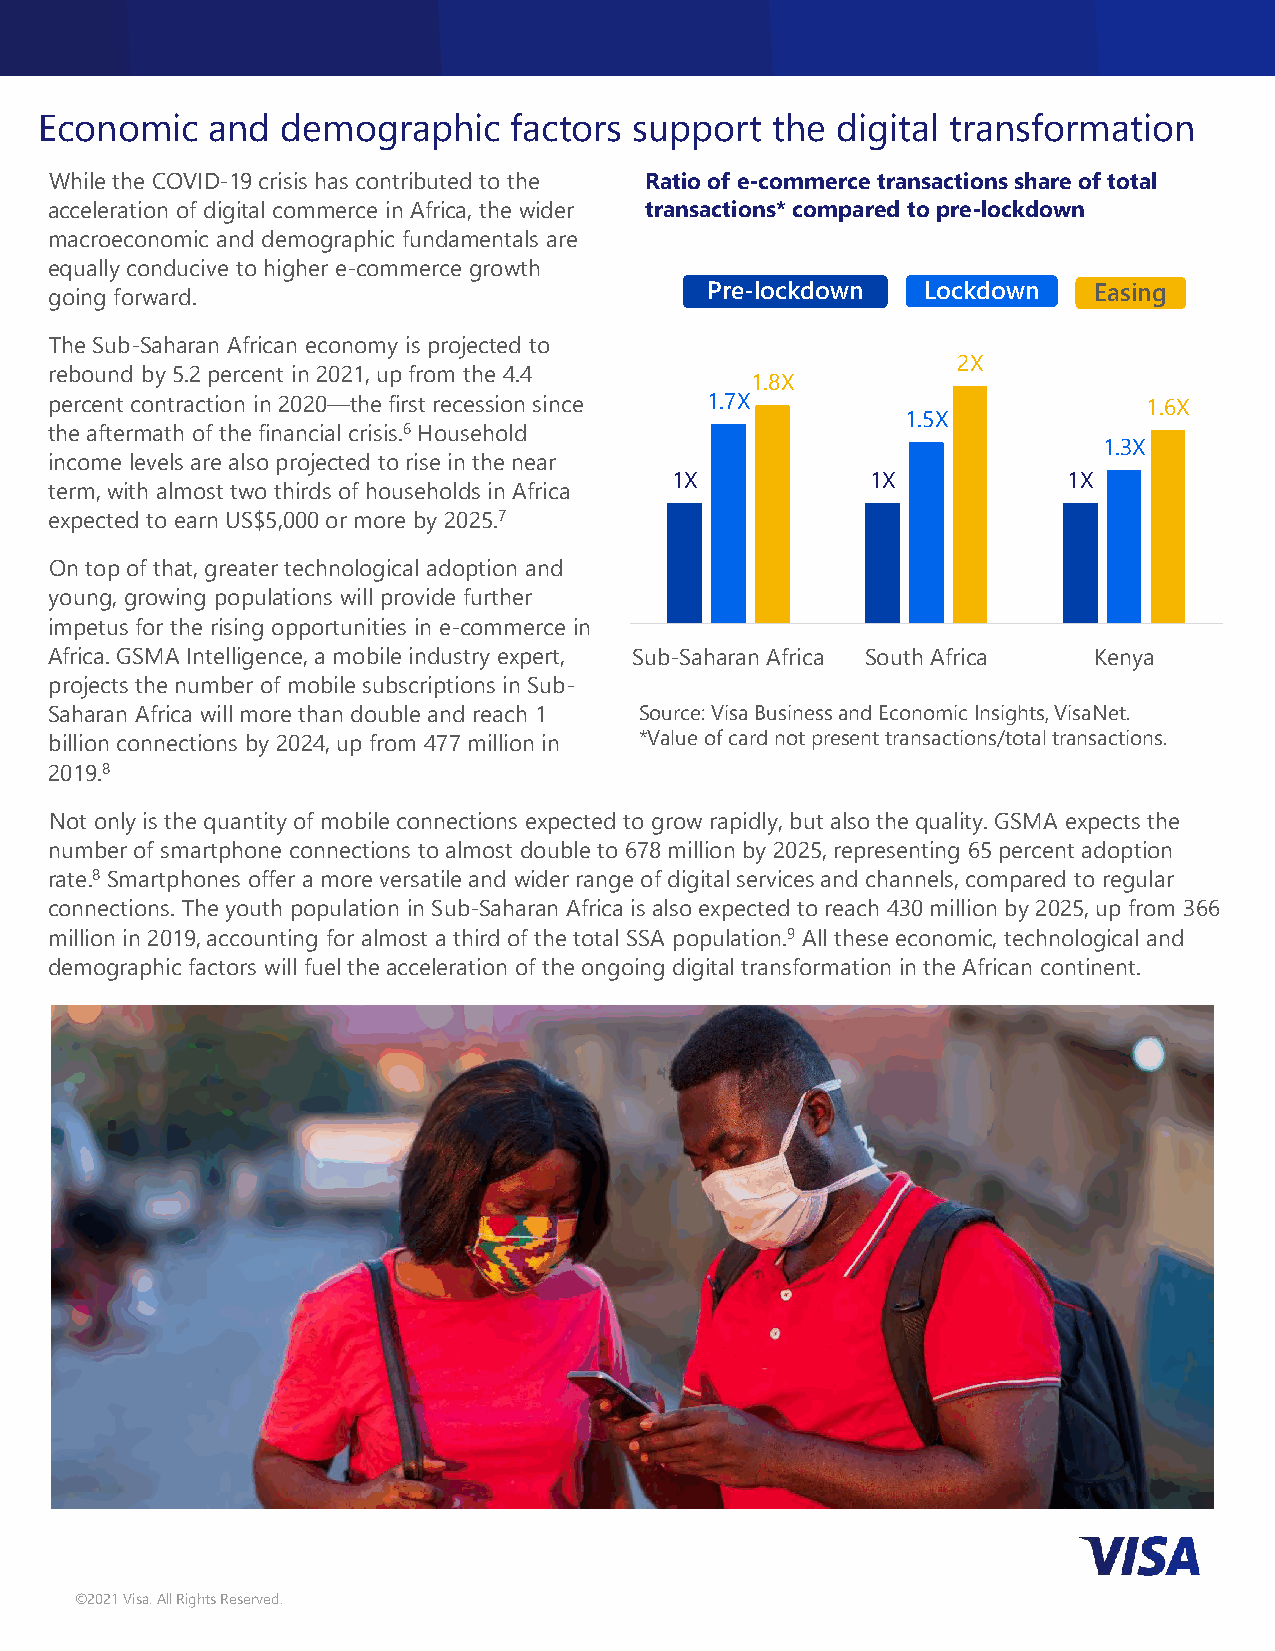
Economic   and  demographic    factors support  the digital transformation
 While the COVID-19 crisis has contributed to the Ratio of e-commerce transactions share of total
 acceleration of digital commerce in Africa, the wider transactions* compared to pre-lockdown
 macroeconomic and demographic fundamentals are
 equally conducive to higher e-commerce growth
 going forward.                              Pre-lockdown  Lockdown   Easing
 The Sub-Saharan African economy is projected to
 2X
 rebound by 5.2 percent in 2021, up from the 4.4
 1.8X
 percent contraction in 2020—the first recession since 1.7X               1.6X
 1.5X
 the aftermath of the financial crisis.6Household
 1.3X
 income levels are also projected to rise in the near
 1X            1X           1X
 term, with almost two thirds of households in Africa
 expected to earn US$5,000 or more by 2025.7
 On top of that, greater technological adoption and
 young, growing populations will provide further
 impetus for the rising opportunities in e-commerce in
 Africa. GSMA Intelligence, a mobile industry expert, Sub-Saharan Africa South Africa Kenya
 projects the number of mobile subscriptions in Sub-
 Saharan Africa will more than double and reach 1 Source: Visa Business and Economic Insights, VisaNet.
 billion connections by 2024, up from 477 million in *Value of card not present transactions/total transactions.
 2019.8
 Not only is the quantity of mobile connections expected to grow rapidly, but also the quality. GSMA expects the
 number of smartphone connections to almost double to 678 million by 2025, representing 65 percent adoption
 rate.8 Smartphones offer a more versatile and wider range of digital services and channels, compared to regular
 connections. The youth population in Sub-Saharan Africa is also expected to reach 430 million by 2025, up from 366
 million in 2019, accounting for almost a third of the total SSA population.9 All these economic, technological and
 demographic factors will fuel the acceleration of the ongoing digital transformation in the African continent.
 ©2021 Visa. All Rights Reserved.